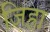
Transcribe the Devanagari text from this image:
जिह्रा